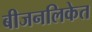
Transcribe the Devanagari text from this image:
बीजनलिकेत